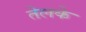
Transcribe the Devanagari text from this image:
तेलके